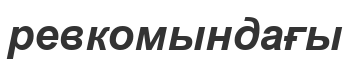
ревкомындағы